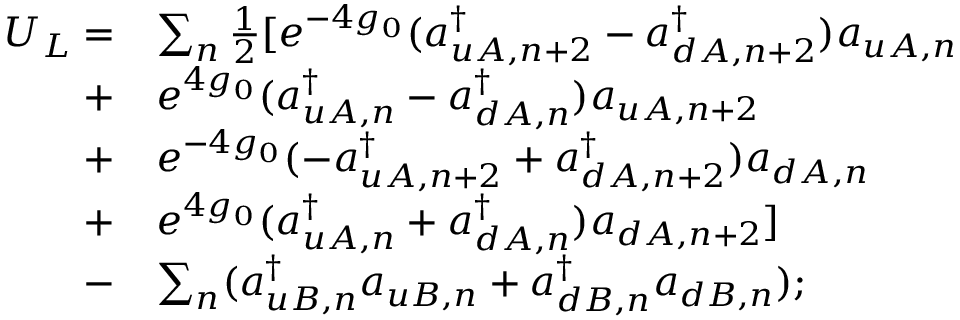
\begin{array} { r l } { U _ { L } = } & { \sum _ { n } \frac { 1 } { 2 } [ e ^ { - 4 g _ { 0 } } ( a _ { u A , n + 2 } ^ { \dagger } - a _ { d A , n + 2 } ^ { \dagger } ) a _ { u A , n } } \\ { + } & { e ^ { 4 g _ { 0 } } ( a _ { u A , n } ^ { \dagger } - a _ { d A , n } ^ { \dagger } ) a _ { u A , n + 2 } } \\ { + } & { e ^ { - 4 g _ { 0 } } ( - a _ { u A , n + 2 } ^ { \dagger } + a _ { d A , n + 2 } ^ { \dagger } ) a _ { d A , n } } \\ { + } & { e ^ { 4 g _ { 0 } } ( a _ { u A , n } ^ { \dagger } + a _ { d A , n } ^ { \dagger } ) a _ { d A , n + 2 } ] } \\ { - } & { \sum _ { n } ( a _ { u B , n } ^ { \dagger } a _ { u B , n } + a _ { d B , n } ^ { \dagger } a _ { d B , n } ) ; } \end{array}